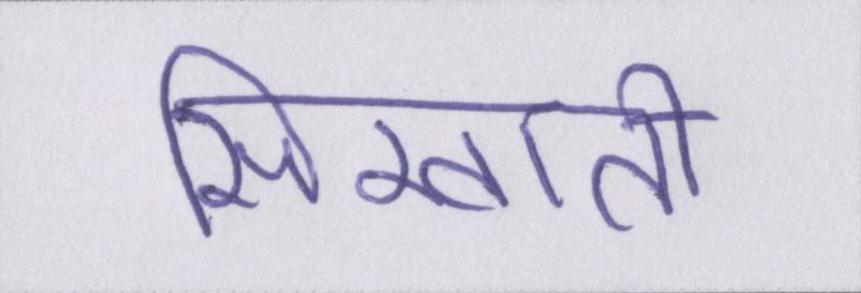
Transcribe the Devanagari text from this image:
सिखाती